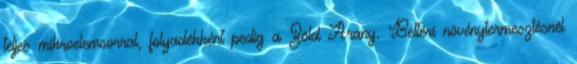
teljes mikroelemsorral, folyadékként pedig a Zöld Arany. Beltéri növénytermesztésnél